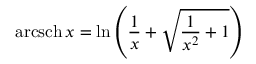
\operatorname { a r c s c h } x = \ln \left( { \frac { 1 } { x } } + { \sqrt { { \frac { 1 } { x ^ { 2 } } } + 1 } } \right)